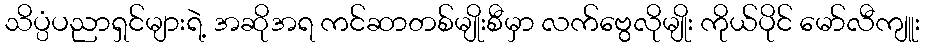
သိပ္ပံပညာရှင်များရဲ့ အဆိုအရ ကင်ဆာတစ်မျိုးစီမှာ လက်ဗွေလိုမျိုး ကိုယ်ပိုင် မော်လီကျူး